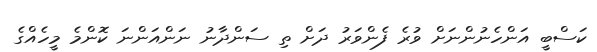
ކަސްބީ އަންހެނުންނަށް ވުރެ ފެންވަރު ދަށް ތި ސަންދާނު ނަންއަންނަ ކޮންމެ މީހެއްގެ